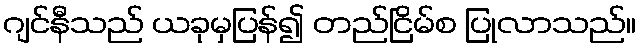
ဂျင်နီသည် ယခုမှပြန်၍ တည်ငြိမ်စ ပြုလာသည်။